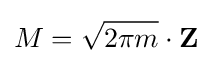
M={\sqrt {2\pi m}}\cdot \mathbf {Z}